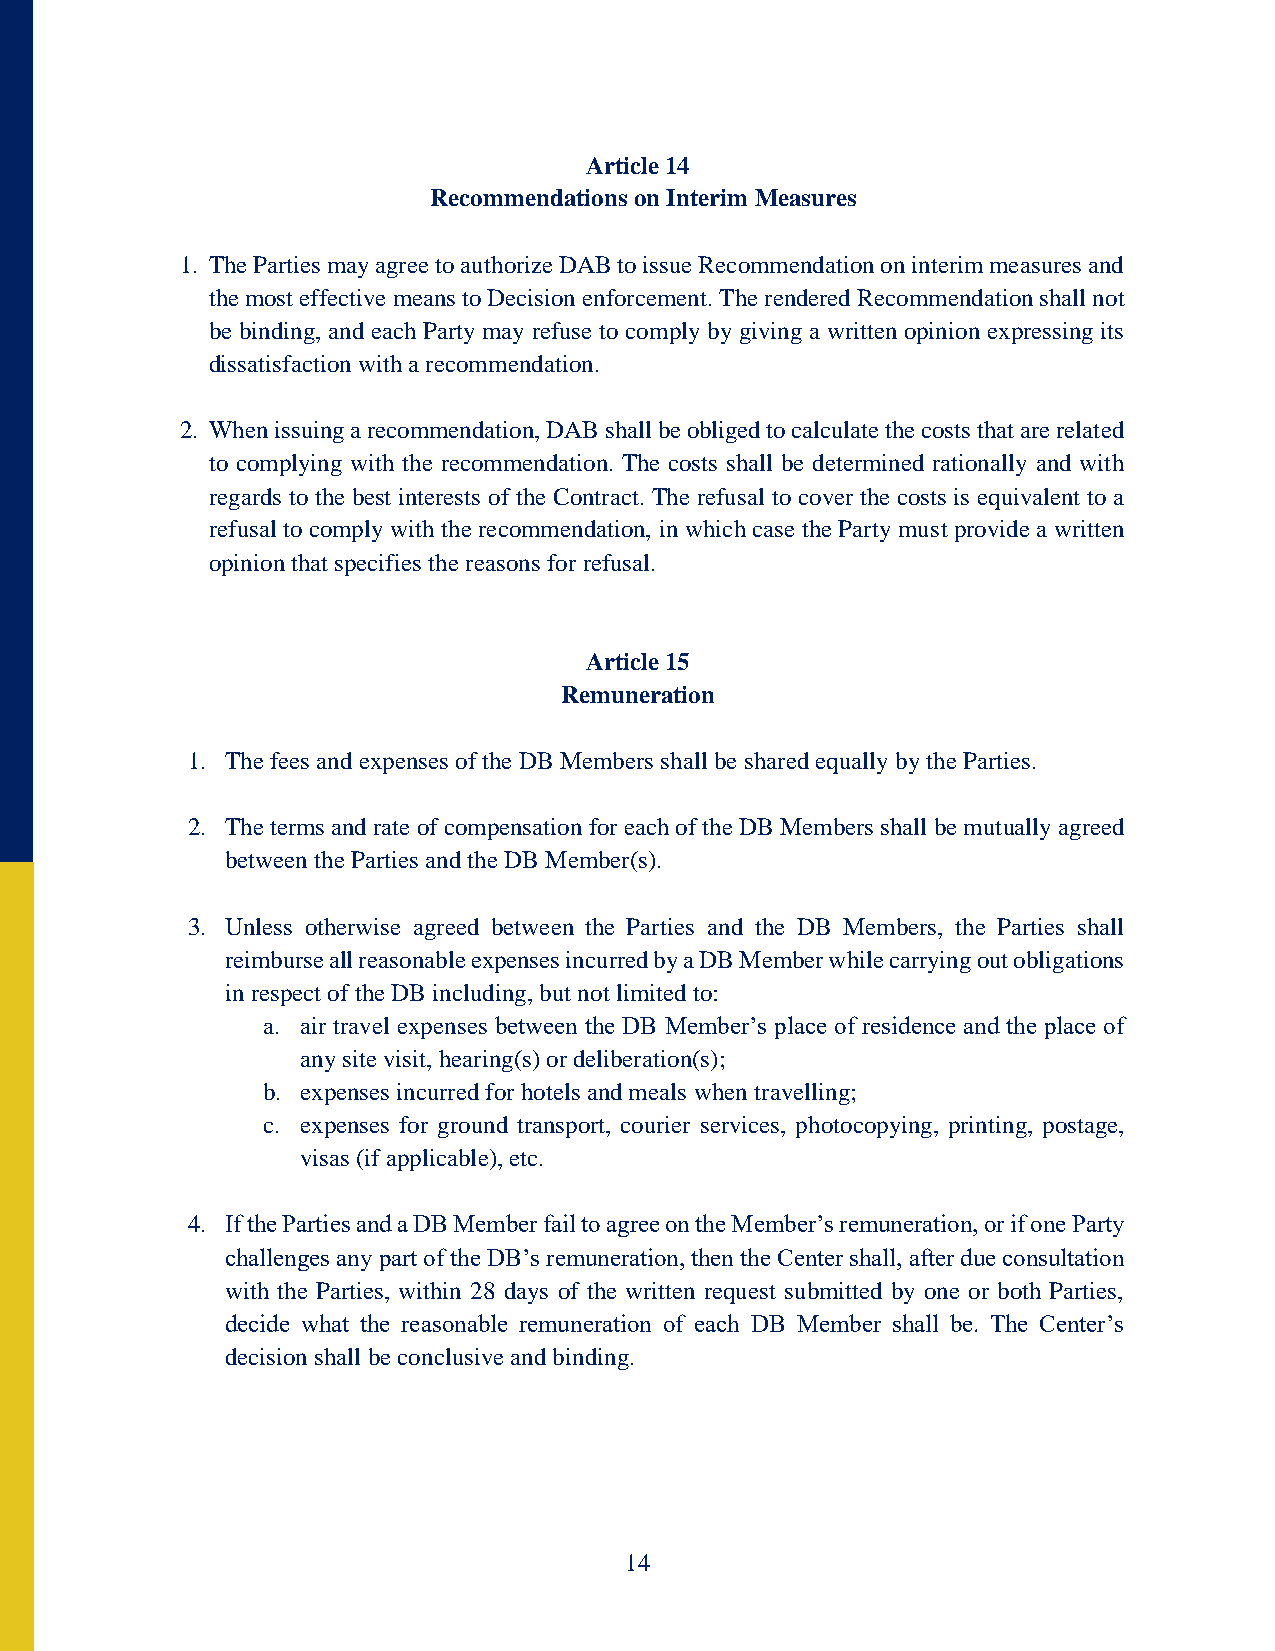
Article 14
 Recommendations on Interim Measures
 1. The Parties may agree to authorize DAB to issue Recommendation on interim measures and
 the most effective means to Decision enforcement. The rendered Recommendation shall not
 be binding, and each Party may refuse to comply by giving a written opinion expressing its
 dissatisfaction with a recommendation.
 2. When issuing a recommendation, DAB shall be obliged to calculate the costs that are related
 to complying with the recommendation. The costs shall be determined rationally and with
 regards to the best interests of the Contract. The refusal to cover the costs is equivalent to a
 refusal to comply with the recommendation, in which case the Party must provide a written
 opinion that specifies the reasons for refusal.
 Article 15
 Remuneration
 1. The fees and expenses of the DB Members shall be shared equally by the Parties.
 2. The terms and rate of compensation for each of the DB Members shall be mutually agreed
 between the Parties and the DB Member(s).
 3. Unless otherwise agreed between the Parties and the DB Members, the Parties shall
 reimburse all reasonable expenses incurred by a DB Member while carrying out obligations
 in respect of the DB including, but not limited to:
 a. air travel expenses between the DB Member’s place of residence and the place of
 any site visit, hearing(s) or deliberation(s);
 b. expenses incurred for hotels and meals when travelling;
 c. expenses for ground transport, courier services, photocopying, printing, postage,
 visas (if applicable), etc.
 4. If the Parties and a DB Member fail to agree on the Member’s remuneration, or if one Party
 challenges any part of the DB’s remuneration, then the Center shall, after due consultation
 with the Parties, within 28 days of the written request submitted by one or both Parties,
 decide what the reasonable remuneration of each DB Member shall be. The Center’s
 decision shall be conclusive and binding.
 14